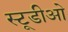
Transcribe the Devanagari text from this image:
स्टूडीओ